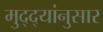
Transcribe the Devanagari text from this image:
मुद्‌द्‌यांनुसार